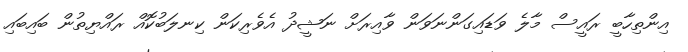
އިންތިހާބީ ރައީސް މާލެ ވަޑައިގަންނަވަން ވާއިރަށް ނަޝީދު އެވެރިކަން ކިނލަބުކޮއް ރައްޔިތުން ބައިބައި